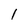
Character: 1